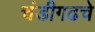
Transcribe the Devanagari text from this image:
चंडीगढचे